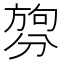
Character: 𪟑